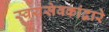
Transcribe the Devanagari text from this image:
स्वयंसेवकांद्वारे